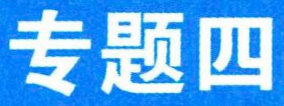
专题四